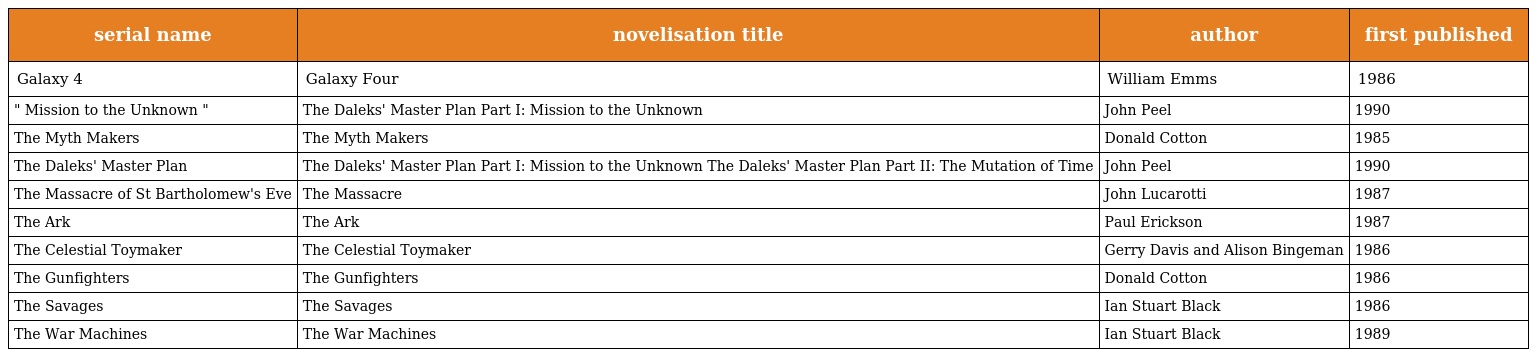
| serial name | novelisation title | author | first published |
 | --- | --- | --- | --- |
 | Galaxy 4 | Galaxy Four | William Emms | 1986 |
 | " Mission to the Unknown " | The Daleks' Master Plan Part I: Mission to the Unknown | John Peel | 1990 |
 | The Myth Makers | The Myth Makers | Donald Cotton | 1985 |
 | The Daleks' Master Plan | The Daleks' Master Plan Part I: Mission to the Unknown The Daleks' Master Plan Part II: The Mutation of Time | John Peel | 1990 |
 | The Massacre of St Bartholomew's Eve | The Massacre | John Lucarotti | 1987 |
 | The Ark | The Ark | Paul Erickson | 1987 |
 | The Celestial Toymaker | The Celestial Toymaker | Gerry Davis and Alison Bingeman | 1986 |
 | The Gunfighters | The Gunfighters | Donald Cotton | 1986 |
 | The Savages | The Savages | Ian Stuart Black | 1986 |
 | The War Machines | The War Machines | Ian Stuart Black | 1989 |